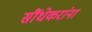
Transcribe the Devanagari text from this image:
सौंधेकरांना